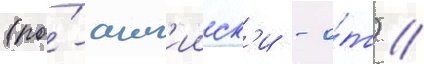
(по́-англ'ииск'и - о́т) //